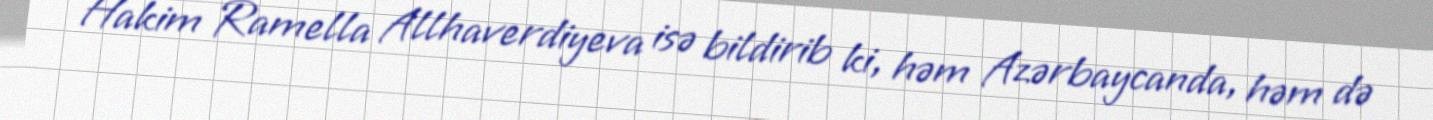
Hakim Ramella Allhaverdiyeva isə bildirib ki, həm Azərbaycanda, həm də